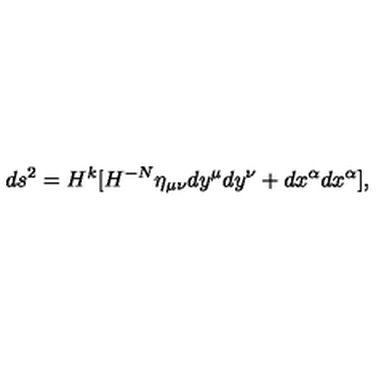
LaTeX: d s ^ { 2 } = H ^ { k } [ H ^ { - N } \eta _ { \mu \nu } d y ^ { \mu } d y ^ { \nu } + d x ^ { \alpha } d x ^ { \alpha } ] ,